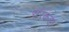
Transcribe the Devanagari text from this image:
सरकडा